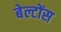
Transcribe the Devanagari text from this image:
बेल्टोंस